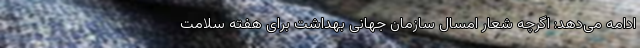
ادامه می‌دهد: اگرچه شعار امسال سازمان جهانی بهداشت برای هفته سلامت